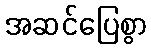
အဆင်ပြေစွာ